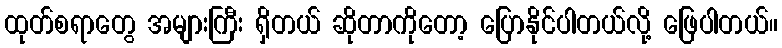
ထုတ်စရာတွေ အများကြီး ရှိတယ် ဆိုတာကိုတော့ ပြောနိုင်ပါတယ်လို့ ဖြေပါတယ်။